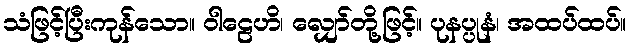
သံဖြင့်ပြီးကုန်သော။ ဝါဠေဟိ၊ လျှော်တို့ဖြင့်။ ပုနပ္ပုနံ၊ အထပ်ထပ်။